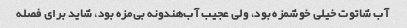
آب شاتوت خیلی خوشمزه بود، ولی عجیب آب‌هندونه بی‌مزه بود، شاید برای فصله